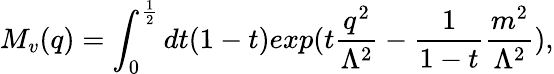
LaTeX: M_{v}(q)=\int_{0}^{\frac{1}{2}}dt(1-t)exp(t\frac{q^{2}}{\Lambda^{2}}-\frac{1}{1-t}\frac{m^{2}}{\Lambda^{2}}),